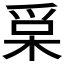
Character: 𰠀